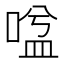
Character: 𭉃